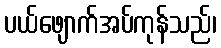
ပယ်ဖျောက်အပ်ကုန်သည်၊